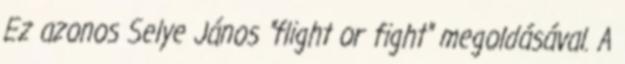
Ez azonos Selye János "flight or fight" megoldásával. A